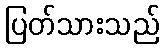
ပြတ်သားသည်